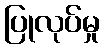
ပြုလုပ်မှု